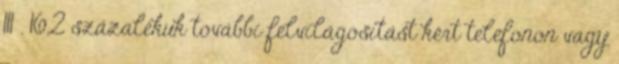
111 . 16,2 százalékuk további felvilágosítást kért telefonon vagy